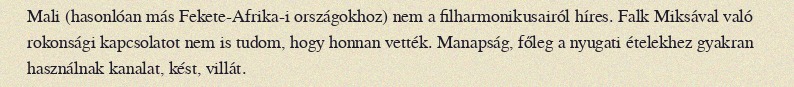
Mali (hasonlóan más Fekete-Afrika-i országokhoz) nem a filharmonikusairól híres. Falk Miksával való rokonsági kapcsolatot nem is tudom, hogy honnan vették. Manapság, főleg a nyugati ételekhez gyakran használnak kanalat, kést, villát.